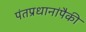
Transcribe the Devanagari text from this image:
पंतप्रधानांपैकी